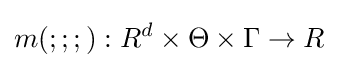
m(;;;):R^{d}\times \Theta \times \Gamma \rightarrow R